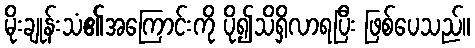
မိုးချုန်းသံ၏အကြောင်းကို ပို၍သိရှိလာရပြီး ဖြစ်ပေသည်။